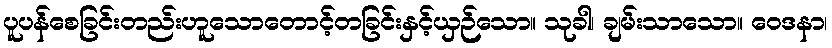
ပူပန်စေခြင်းတည်းဟူသောတောင့်တခြင်းနှင့်ယှဉ်သော။ သုခါ၊ ချမ်းသာသော။ ဝေဒနာ၊